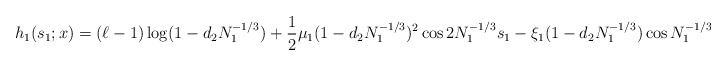
\begin{align*}h_1(s_1;x)=(\ell-1)\log(1-d_2N_1^{-1/3})+\frac 12\mu_1(1-d_2N_1^{-1/3})^2\cos 2N_1^{-1/3}s_1 - \xi_1(1-d_2N_1^{-1/3})\cos N_1^{-1/3}s_1 \end{align*}